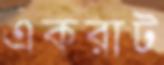
একরাট